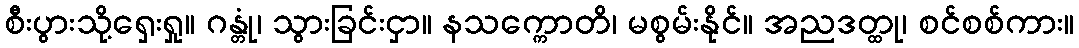
စီးပွားသို့ရှေးရှု။ ဂန္တုံ၊ သွားခြင်းငှာ။ နသက္ကောတိ၊ မစွမ်းနိုင်။ အညဒတ္ထု၊ စင်စစ်ကား။